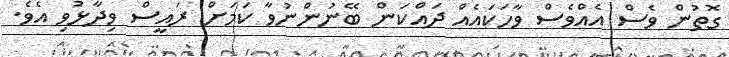
ގޮތުން ވެސް އެއްވެސް ވާހަކައެއް ދައްކަން ބޭނުންނުވާ ކަމަށް ރައީސް ވިދާޅުވި އެވެ.